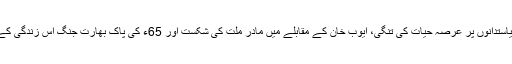
صدارتی آئین، کرپٹ سیاستدانوں پر عرصہ حیات کی تنگی، ایوب خان کے مقابلے میں مادرِ ملت کی شکست اور 65ء کی پاک بھارت جنگ اس زندگی کے کارہائے نمایاں تھے۔